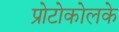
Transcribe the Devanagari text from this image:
प्रोटोकोलके